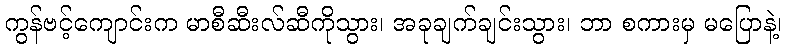
ကွန်ဗင့်ကျောင်းက မာစီဆီးလ်ဆီကိုသွား၊ အခုချက်ချင်းသွား၊ ဘာ စကားမှ မပြောနဲ့၊